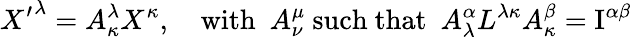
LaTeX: {X^{\prime}}^{\lambda}=A_{\kappa}^{\lambda}X^{\kappa},\quad\mathrm{with}\ \ A_{\nu}^{\mu}\ \mathrm{such\ that}\ \ A_{\lambda}^{\alpha}L^{\lambda\kappa}A_{\kappa}^{\beta}=\mathrm{I}^{\alpha\beta}